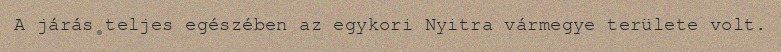
A járás teljes egészében az egykori Nyitra vármegye területe volt.